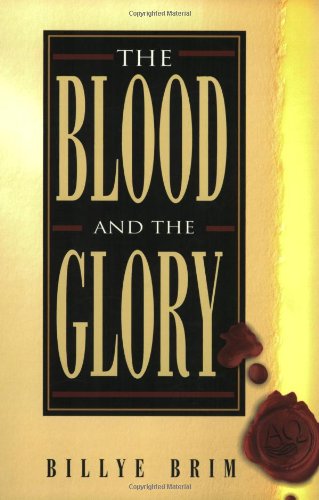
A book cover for The Blood and the Glory; Billye Brim; Christian Books & Bibles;